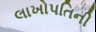
લાખોપતિની